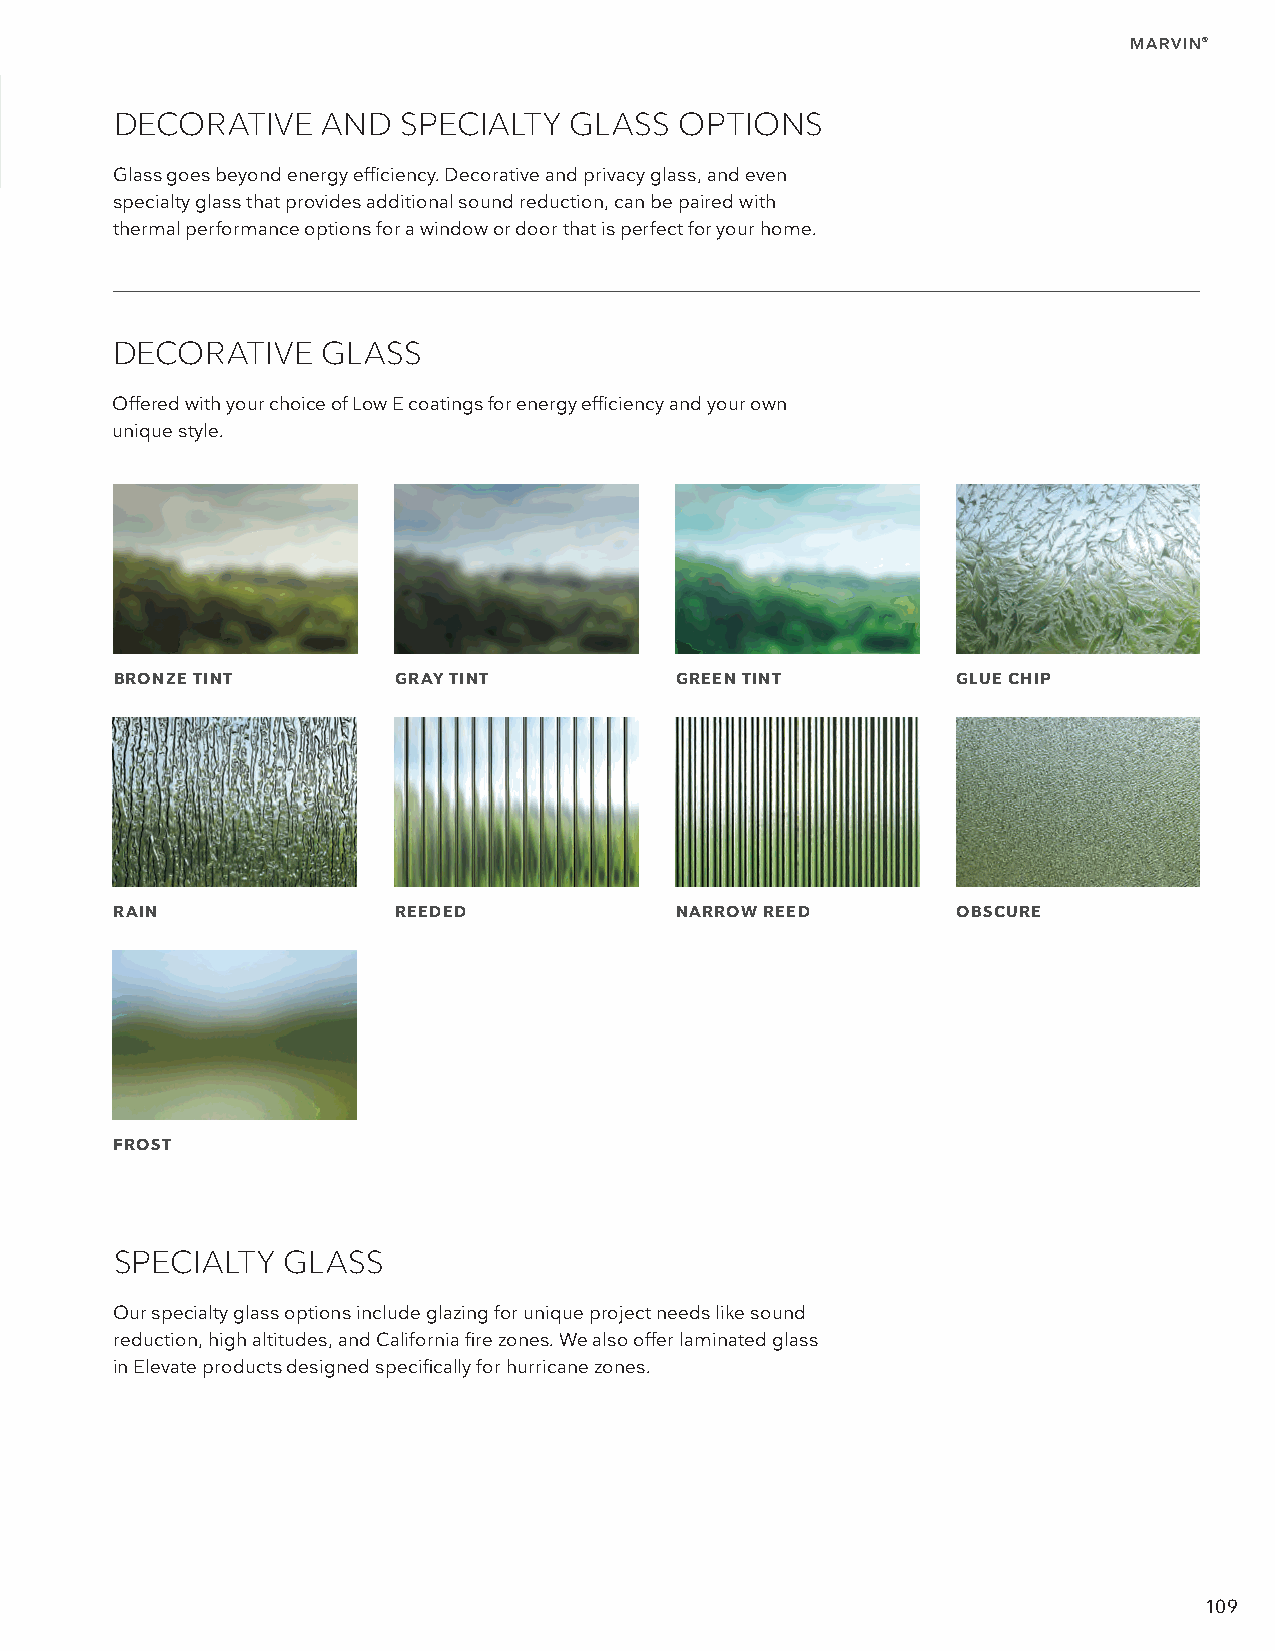
MARVIN®
 DECORATIVE   AND   SPECIALTY  GLASS  OPTIONS
 Glass goes beyond energy efficiency. Decorative and privacy glass, and even
 specialty glass that provides additional sound reduction, can be paired with
 thermal performance options for a window or door that is perfect for your home.
 DECORATIVE    GLASS
 Offered with your choice of Low E coatings for energy efficiency and your own
 unique style.
 BRONZE TINT       GRAY TINT          GREEN TINT        GLUE CHIP
 RAIN               REEDED             NARROW REED       OBSCURE
 FROST
 SPECIALTY  GLASS
 Our specialty glass options include glazing for unique project needs like sound
 reduction, high altitudes, and California fire zones. We also offer laminated glass
 in Elevate products designed specifically for hurricane zones.
 109